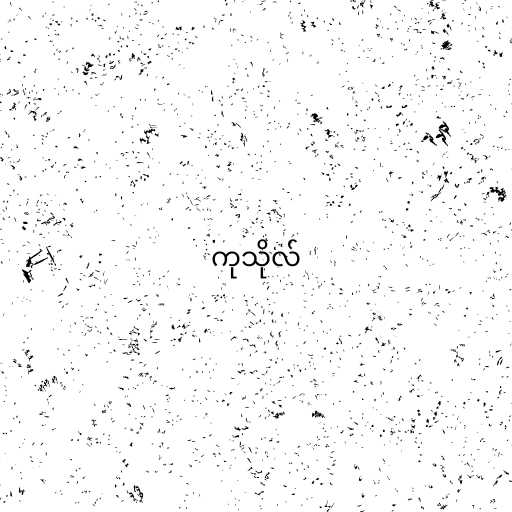
ကုသိုလ်